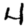
Digit: 4